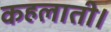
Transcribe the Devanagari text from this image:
कहलाती।